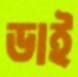
ডাই